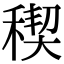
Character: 稧